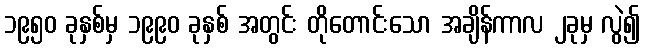
၁၉၅၀ ခုနှစ်မှ ၁၉၉၀ ခုနှစ် အတွင်း တိုတောင်းသော အချိန်ကာလ ၂ခုမှ လွဲ၍